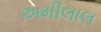
અમીલાલ